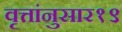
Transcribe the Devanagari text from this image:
वृत्तांनुसार१९